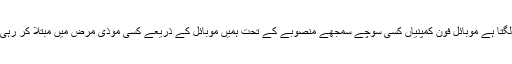
ایسا لگتا ہے موبائل فون کمپنیاں کسی سوچے سمجھے منصوبے کے تحت ہمیں موبائل کے ذریعے کسی موذی مرض میں مبتلا کر رہی ہیں۔